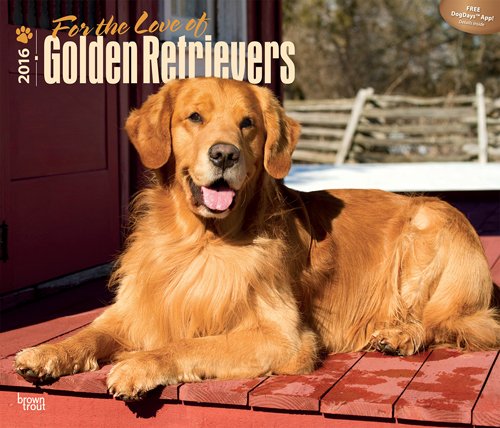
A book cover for Golden Retrievers, For the Love of 2016 Deluxe (Multilingual Edition); Browntrout Publishers; Calendars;